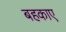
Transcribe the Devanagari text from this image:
बहकाए